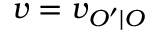
v = v _ { O ^ { \prime } \mid O }